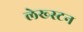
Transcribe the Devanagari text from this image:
लेख्स्टन